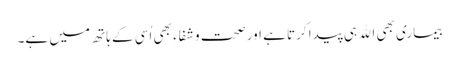
بیماری بھی اﷲ ہی پیدا کرتا ہے اور صحت و شفاء بھی اُسی کے ہاتھ میں ہے۔